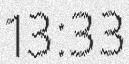
13:33